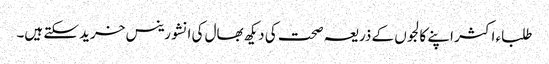
طلباء اکثر اپنے کالجوں کے ذریعہ صحت کی دیکھ بھال کی انشورینس خرید سکتے ہیں۔